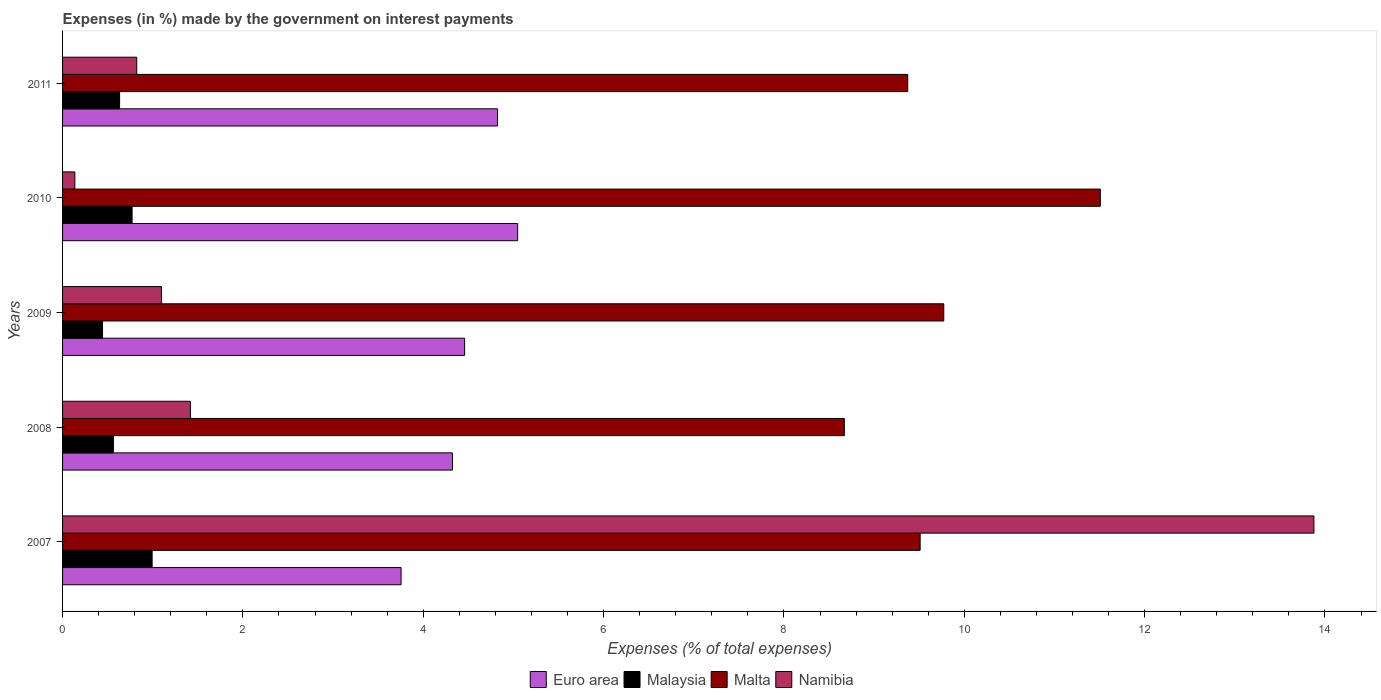
| Years | Euro area | Malaysia | Malta | Namibia |
 | --- | --- | --- | --- | --- |
 | 2007 | 3.75 | 0.993 | 9.51 | 13.9 |
 | 2008 | 4.32 | 0.564 | 8.67 | 1.42 |
 | 2009 | 4.46 | 0.443 | 9.77 | 1.1 |
 | 2010 | 5.05 | 0.771 | 11.5 | 0.136 |
 | 2011 | 4.82 | 0.632 | 9.37 | 0.822 |